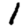
Digit: 1